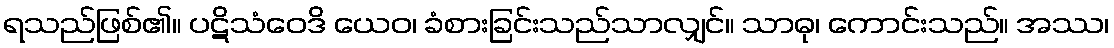
ရသည်ဖြစ်၏။ ပဋိသံဝေဒိ ယေဝ၊ ခံစားခြင်းသည်သာလျှင်။ သာဓု၊ ကောင်းသည်။ အဿ၊